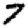
Digit: 7